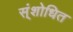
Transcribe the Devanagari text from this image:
स्ंशोधित